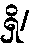
ရှိ/